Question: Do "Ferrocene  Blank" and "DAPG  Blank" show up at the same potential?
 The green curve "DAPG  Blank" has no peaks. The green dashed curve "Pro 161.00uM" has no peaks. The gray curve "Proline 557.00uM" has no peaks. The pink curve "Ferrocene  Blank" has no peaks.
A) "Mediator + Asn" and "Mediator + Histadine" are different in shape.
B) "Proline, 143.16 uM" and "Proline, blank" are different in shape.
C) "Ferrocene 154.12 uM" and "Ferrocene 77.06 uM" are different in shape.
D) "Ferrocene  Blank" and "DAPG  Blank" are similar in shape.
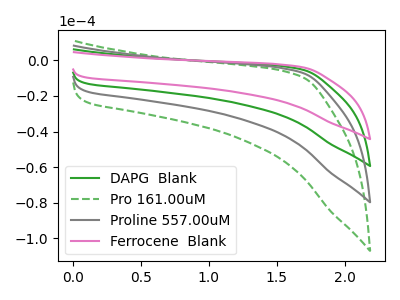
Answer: <think>Neither "Ferrocene  Blank" or "DAPG  Blank" have any peaks.
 </think>
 <answer>D) "Ferrocene  Blank" and "DAPG  Blank" are similar in shape.</answer>
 <eval>D</eval>